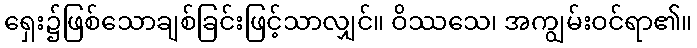
ရှေး၌ဖြစ်သောချစ်ခြင်းဖြင့်သာလျှင်။ ဝိဿသေ၊ အကျွမ်းဝင်ရာ၏။